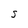
Character: S